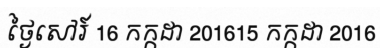
ថ្ងៃសៅរ៍ 16 កក្កដា 201615 កក្កដា 2016